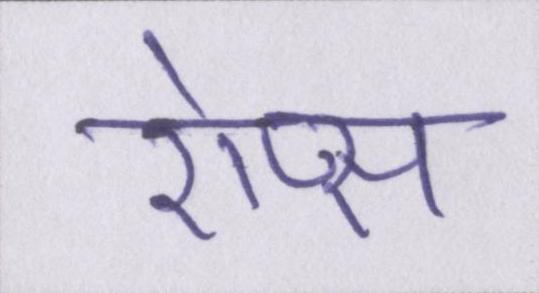
ऐप्स